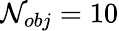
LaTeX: \mathcal{N}_{obj}=10